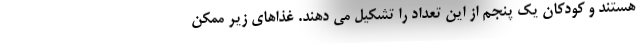
هستند و کودکان یک پنجم از این تعداد را تشکیل می دهند. غذاهای زیر ممکن